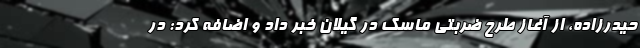
حیدرزاده، از آغاز طرح ضربتی ماسک در گیلان خبر داد و اضافه کرد: در